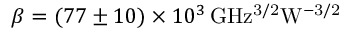
\beta = ( 7 7 \pm 1 0 ) \times 1 0 ^ { 3 } \, \mathrm { G H z ^ { 3 / 2 } W ^ { - 3 / 2 } }